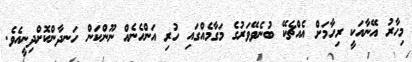
މިހާރު އޭނާއަކީ ރިހާމަށް އެއްޗެކޭ ބުނެވޭވަރުގެ މަގާމެއްގައި ހުރި އަންހެނެއް ނޫންކަން ހަނދާންކޮށްދިނީއެވެ.